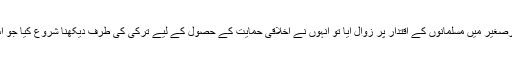
ڈاکٹر اوزجان نے بتایا کہ برصغیر میں مسلمانوں کے اقتدار پر زوال آیا تو انہوں نے اخلاقی حمایت کے حصول کے لیے ترکی کی طرف دیکھنا شروع کیا جو اُس وقت ایک بڑی قوت تھی۔